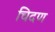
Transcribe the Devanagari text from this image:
चिदण